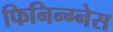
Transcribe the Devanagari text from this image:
फिनिन्ग्नेस